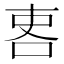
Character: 𠲀